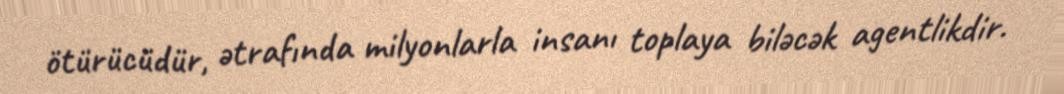
ötürücüdür, ətrafında milyonlarla insanı toplaya biləcək agentlikdir.